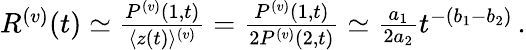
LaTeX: \begin{array}{r}{\begin{array}{r}{R^{(v)}(t)\simeq\frac{P^{(v)}({1},{t})}{\langle z(t)\rangle^{(v)}}=\frac{P^{(v)}({1},{t})}{2P^{(v)}({2},{t})}\simeq\frac{a_{1}}{2a_{2}}t^{-(b_{1}-b_{2})}\, .}\end{array}}\end{array}